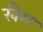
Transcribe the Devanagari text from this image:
खैश